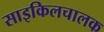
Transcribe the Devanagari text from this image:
साइकिलचालक